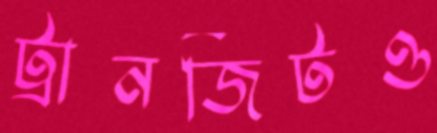
ট্রানজিটও